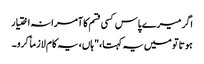
اگر میرے پاس کسی قسم کا آمرانہ اختیار
ہوتا تو میں یہ کہتا،"ہاں، یہ کام لازماً کرو۔